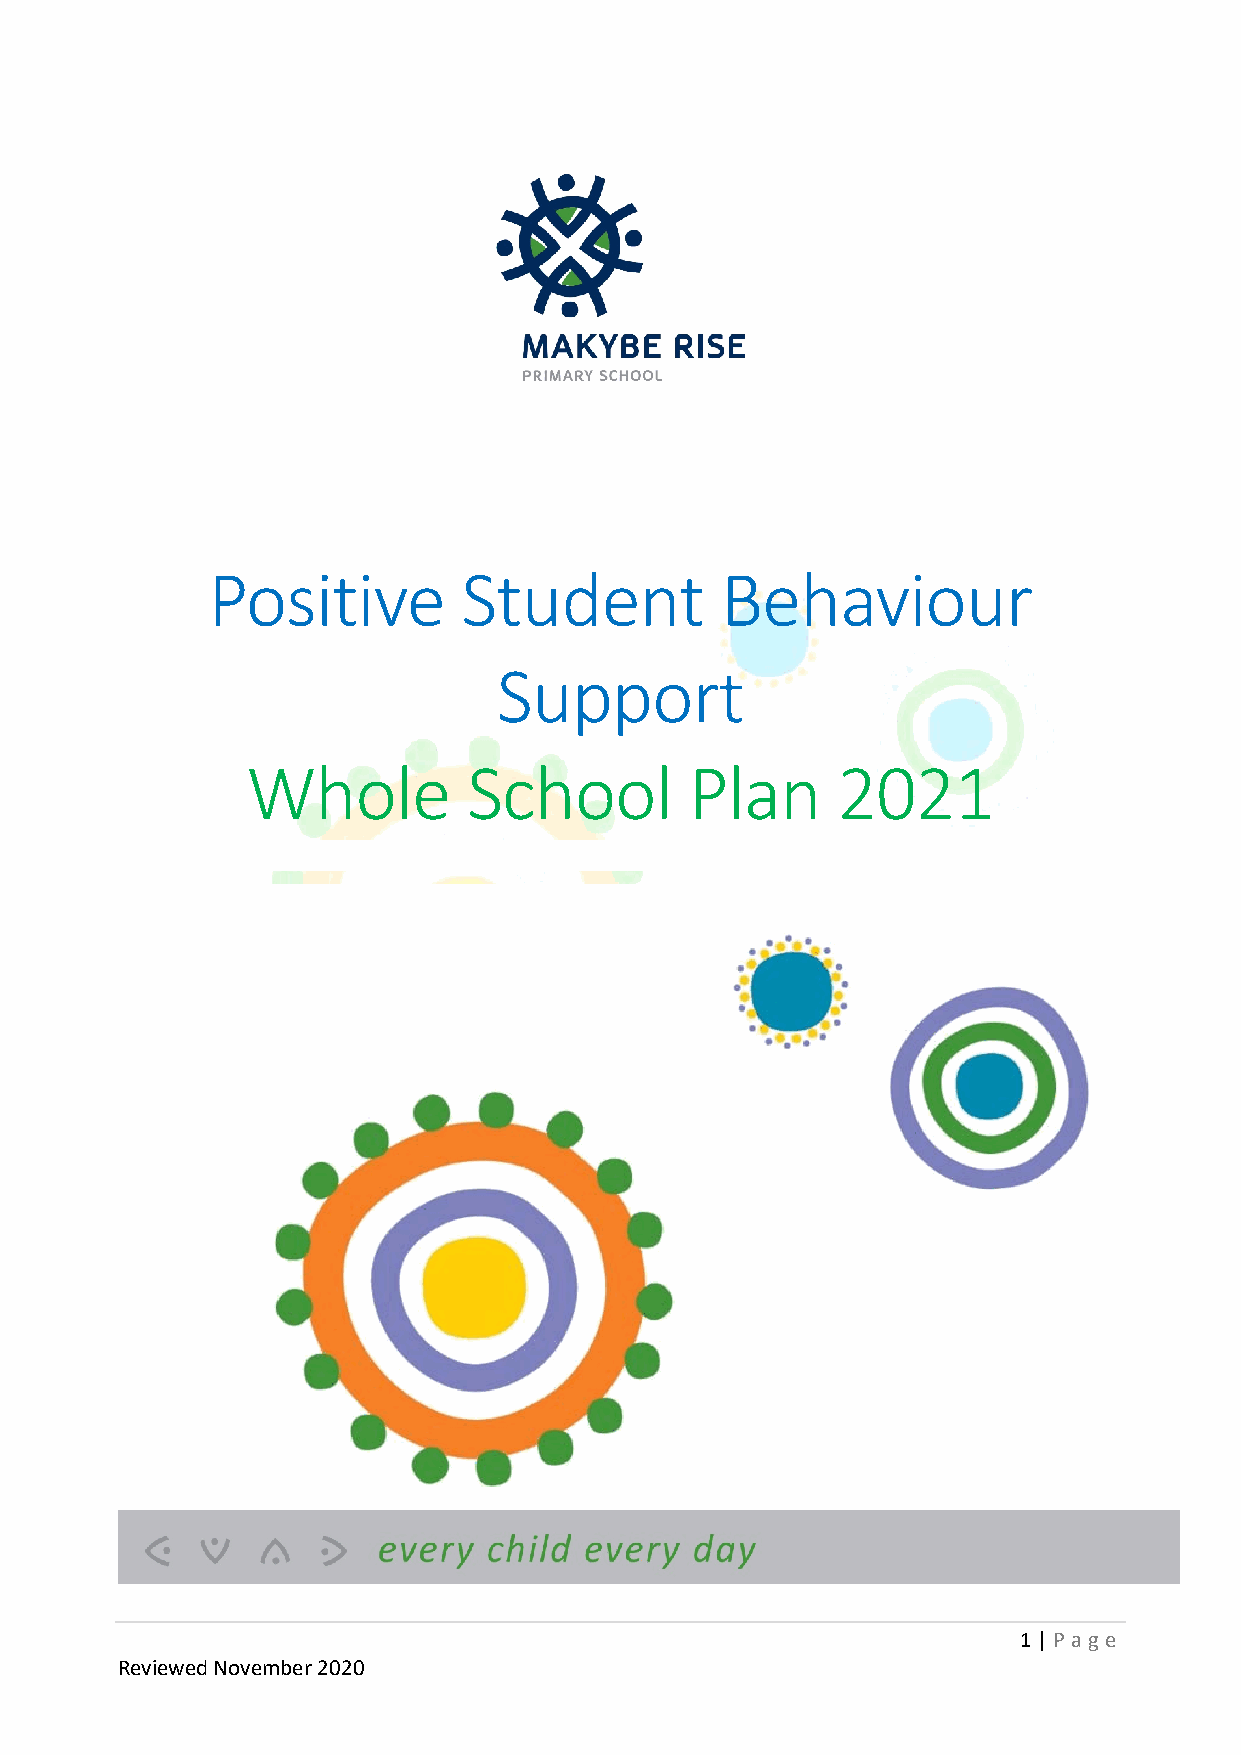
Positive         Student          Behaviour
 Support
 Whole          School         Plan     2021
 1 | P age
 Reviewed November 2020